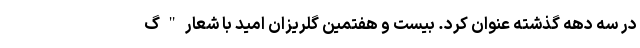
در سه دهه گذشته عنوان کرد. بیست و هفتمین گلریزان امید با شعار " گ